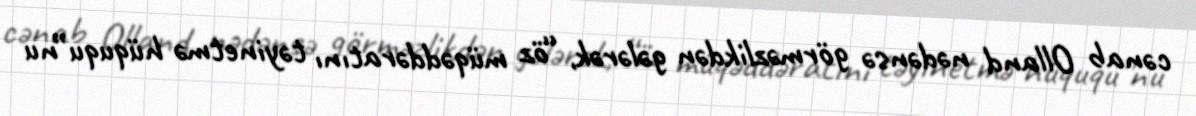
cənab Olland nədənsə görməzlikdən gələrək, “öz müqəddəratını təyinetmə hüququ”nu